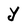
Character: y